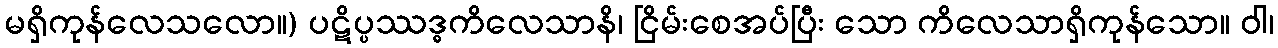
မရှိကုန်လေသလော။) ပဋိပ္ပဿဒ္ဓကိလေသာနိ၊ ငြိမ်းစေအပ်ပြီး သော ကိလေသာရှိကုန်သော။ ဝါ၊